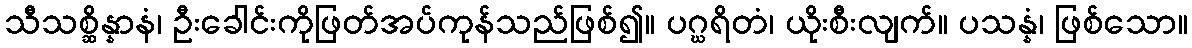
သီသစ္ဆိန္နာနံ၊ ဦးခေါင်းကိုဖြတ်အပ်ကုန်သည်ဖြစ်၍။ ပဂ္ဃရိတံ၊ ယိုးစီးလျက်။ ပသန္နံ၊ ဖြစ်သော။